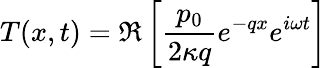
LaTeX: T(x,t)=\Re\left[\frac{p_{0}}{2\kappa q}e^{-qx}e^{i\omega t}\right]